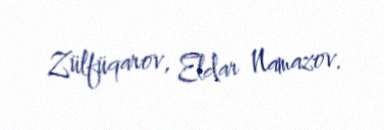
Zülfüqarov, Eldar Namazov.